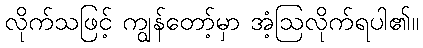
လိုက်သဖြင့် ကျွန်တော့်မှာ အံ့ဩလိုက်ရပါ၏။